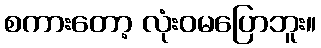
စကားတော့ လုံးဝမပြောဘူး။